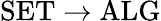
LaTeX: \mathrm{SET}\to\mathrm{ALG}